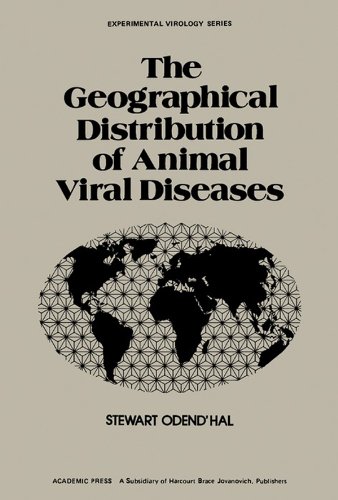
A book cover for The Geographical Distribution of Animal Viral Diseases (Experimental Virology); Stewart Hal; Medical Books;